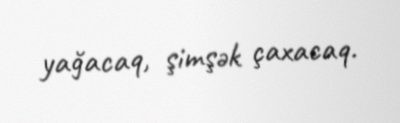
yağacaq, şimşək çaxacaq.